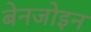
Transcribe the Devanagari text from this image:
बेनजोइन